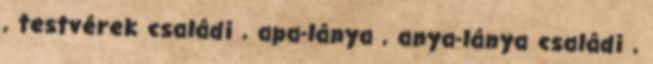
, testvérek családi , apa-lánya , anya-lánya családi ,